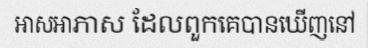
អាសអាភាស ដែលពួកគេបានឃើញនៅ